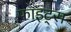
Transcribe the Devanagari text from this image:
फाइट्स